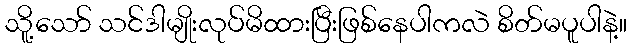
သိူ့သော် သင်ဒါမျိုးလုပ်မိထားပြီးဖြစ်နေပါကလဲ စိတ်မပူပါနဲ့။